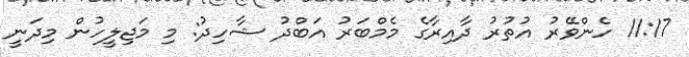
11:17 ހެންވޭރު އުތުރު ދާއިރާގެ މެމްބަރު އަބްދު ޝާހިދު: މި މަޖިލީހުން މިދަނީ